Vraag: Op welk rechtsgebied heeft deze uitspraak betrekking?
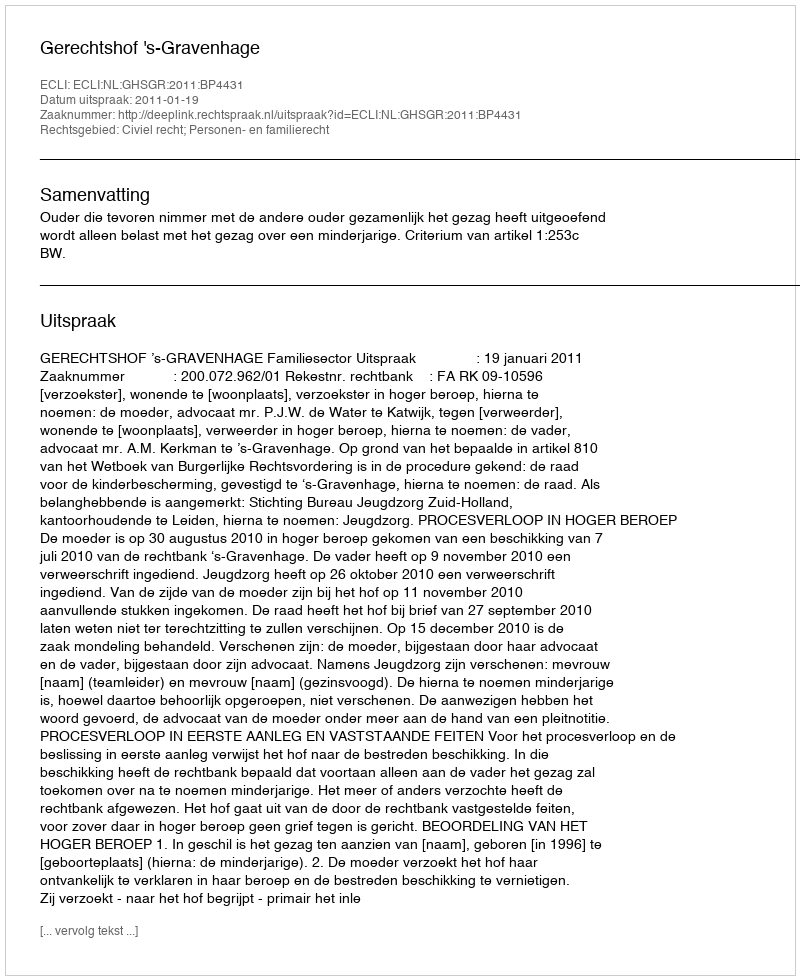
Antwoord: Civiel recht; Personen- en familierecht